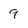
Character: 9